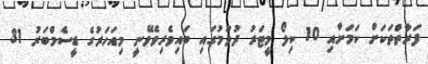
ފަރާތްތަކަށް ކަމަށާއި 10 ކިލޯ މިީޓަރު ދުވުމުގައި ބައިވެރިވެވޭނީ މިއަހަރުގެ ޑީސެމްބަރު 31